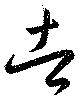
者